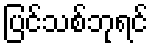
ပြင်သစ်ဘုရင်